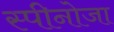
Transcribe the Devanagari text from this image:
स्पीनोजा